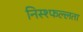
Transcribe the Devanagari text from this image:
निस्श्फल्लता